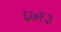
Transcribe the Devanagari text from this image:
६७१३